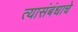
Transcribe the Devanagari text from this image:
त्यासंबंधाचे